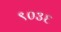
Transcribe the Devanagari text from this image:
९०३६